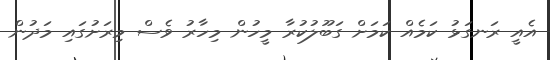
އެއީ ރަނގަޅު ކަމެއް ކަމަށް ގަބޫލުކުރާ މީހުން މިހާރު ވެސް މިރަށުގައި މަދުން